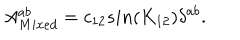
A _ { M i x e d } ^ { a b } = c _ { 1 2 } s i n ( K _ { 1 2 } ) \delta ^ { a b } .